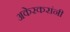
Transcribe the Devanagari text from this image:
अकेरकरांनी